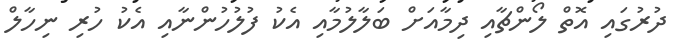
ދުރުގައި އޮތް ލޯންޗާއި ދިމާއަށް ބަލާލުމާއި އެކު ފުލުހުންނާއި އެކު ހުރި ނިހާލް